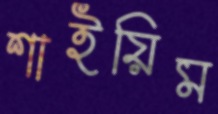
শাইয়িম